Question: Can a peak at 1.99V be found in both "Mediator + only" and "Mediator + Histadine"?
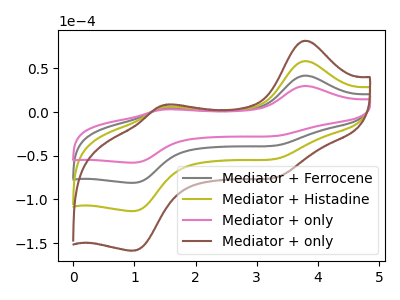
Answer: <think>The gray curve "Mediator + Ferrocene" has anodic peaks at (3.80V, 41.80uA) (1.55V, 4.40uA) and cathodic peaks at (3.40V, -37.55uA) (1.00V, -81.00uA). The olive curve "Mediator + Histadine" has anodic peaks at (3.80V, 83.55uA) (1.55V, 8.80uA) and cathodic peaks at (3.40V, -75.05uA) (1.00V, -162.00uA). The pink curve "Mediator + only" has anodic peaks at (3.80V, 29.85uA) (1.55V, 3.15uA) and cathodic peaks at (3.40V, -26.85uA) (1.00V, -57.90uA). The brown curve "Mediator + only" has anodic peaks at (3.80V, 125.35uA) (1.55V, 13.20uA) and cathodic peaks at (3.40V, -112.60uA) (1.00V, -243.00uA).</think>
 <answer>No, "Mediator + only" and "Mediator + Histadine" dont share a peak at 1.99V.</answer>
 <eval>mismatch</eval>